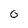
Character: 0